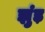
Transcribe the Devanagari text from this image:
झुंड़